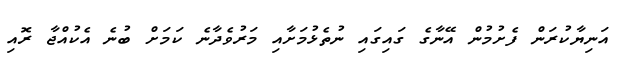
އަނިޔާކުރަން ފެށުމުން އޭނާގެ ގައިގައި ނުތެޅުމަށާއި މަރުވެދާނެ ކަމަށް ބުނެ އެކުއްޖާ ރޮއި